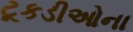
ટૂકડીઓના